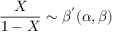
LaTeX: { \frac { X } { 1 - X } } \sim { \beta ^ { ' } } ( \alpha , \beta )